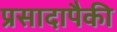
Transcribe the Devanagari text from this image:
प्रसादापैकी